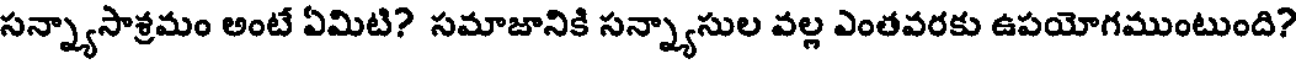
సన్న్యాసాశ్రమం అంటే ఏమిటి? సమాజానికి సన్న్యాసుల వల్ల ఎంతవరకు ఉపయోగముంటుంది?